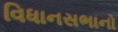
વિધાનસભાનો